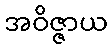
အဝိဇ္ဇာယ